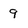
Character: 9